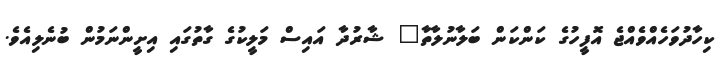
ކިހާދުވަހެއްވެއްޖެ އޮފީހުގެ ކަންކަން ބަލާނުލާތާ" ޝާރުދާ އައިސް މަލީކުގެ ގާތުގައި އިށީންނަމުން ބުނެލިއެވެ.